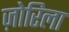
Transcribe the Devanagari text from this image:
ज़ोरिला